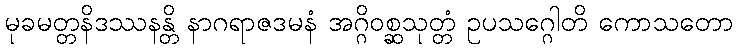
မုခမတ္တနိဒဿနန္တိ နာဂရာဇဒမနံ အဂ္ဂိဝစ္ဆသုတ္တံ ဥပသဂ္ဂေါတိ ကောသတော